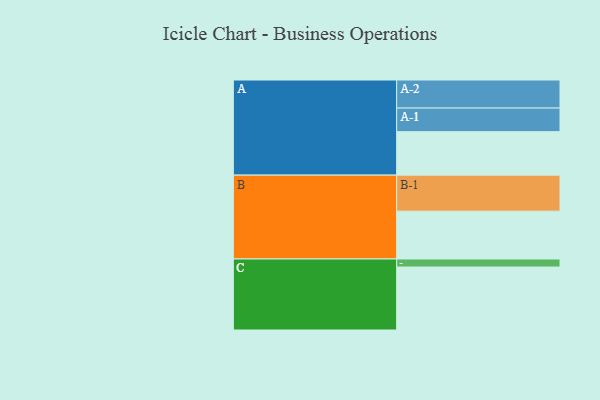
{"axis": {"x": "Segment", "y": "Value"}, "legend": ["", "A", "B", "C"], "data": [{"x": "A", "y": 339, "type": ""}, {"x": "B", "y": 373, "type": ""}, {"x": "C", "y": 491, "type": ""}, {"x": "A-1", "y": 184, "type": "A"}, {"x": "A-2", "y": 219, "type": "A"}, {"x": "B-1", "y": 281, "type": "B"}, {"x": "C-1", "y": 63, "type": "C"}]}